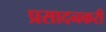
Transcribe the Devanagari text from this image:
प्रसादनकरी